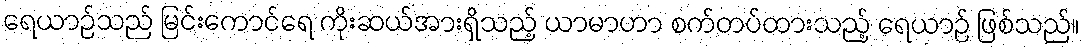
ရေယာဉ်သည် မြင်းကောင်ရေ ကိုးဆယ်အားရှိသည့် ယာမာဟာ စက်တပ်ထားသည့် ရေယာဉ် ဖြစ်သည်။